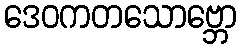
ဒေဝကတသောဗ္ဘော